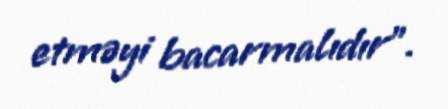
etməyi bacarmalıdır".